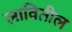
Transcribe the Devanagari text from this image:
लावितील